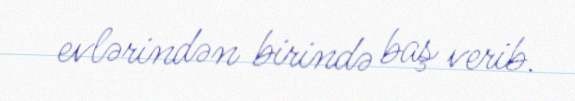
evlərindən birində baş verib.